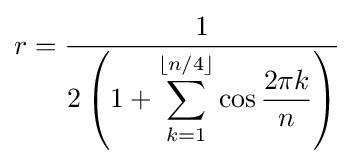
r={\frac {1}{2\left(1+\displaystyle \sum _{k=1}^{\lfloor n/4\rfloor }{\cos {\frac {2\pi k}{n}}}\right)}}